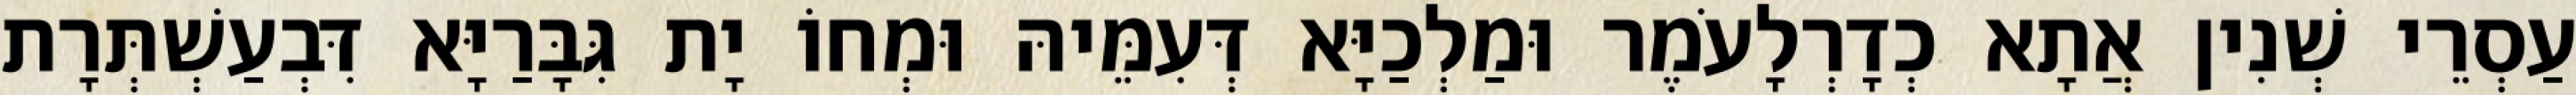
עַסְרֵי שְׁנִין אֲתָא כְדָרְלָעֹמֶר וּמַלְכַיָּא דְּעִמֵּיהּ וּמְחוֹ יָת גִּבָּרַיָּא דִּבְעַשְׁתְּרָת